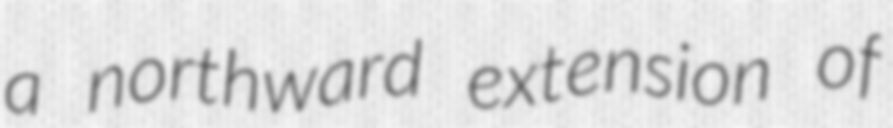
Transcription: a northward extension of